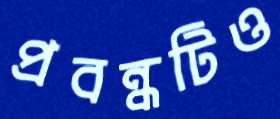
প্রবন্ধটিও